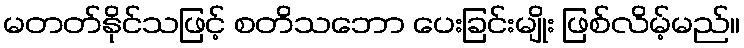
မတတ်နိုင်သဖြင့် စတိသဘော ပေးခြင်းမျိုး ဖြစ်လိမ့်မည်။